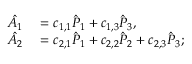
\begin{array} { r l } { \hat { A } _ { 1 } } & { { } = c _ { 1 , 1 } \hat { P } _ { 1 } + c _ { 1 , 3 } \hat { P } _ { 3 } , } \\ { \hat { A } _ { 2 } } & { { } = c _ { 2 , 1 } \hat { P } _ { 1 } + c _ { 2 , 2 } \hat { P } _ { 2 } + c _ { 2 , 3 } \hat { P } _ { 3 } ; } \end{array}